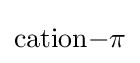
{\ce {cation-\pi}}